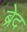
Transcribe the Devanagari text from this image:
ब्रेद